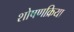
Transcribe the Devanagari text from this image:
शोषणक्रिया